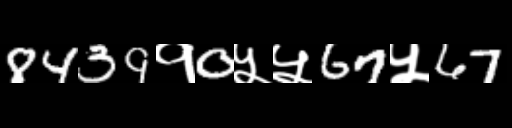
Text: 8439१0५५67५67